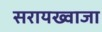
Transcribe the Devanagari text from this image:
सरायख्वाजा